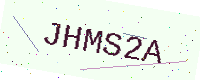
Text: JHMS2A